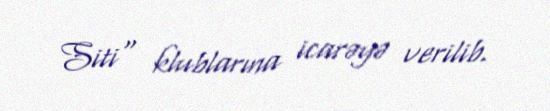
Siti" klublarına icarəyə verilib.